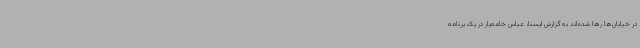
در خیابان‌ها رها شده‌اند به گزارش ایسنا، عباس خامه‌یار در یک برنامه